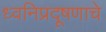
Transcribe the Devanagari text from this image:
ध्वनिप्रदूषणाचे